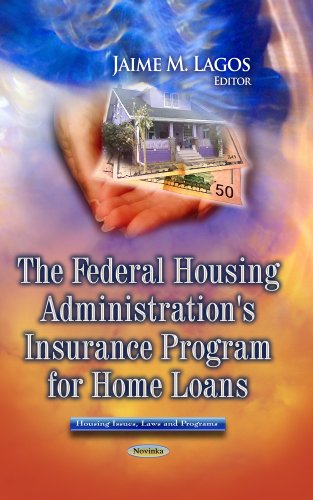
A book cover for The Federal Housing Administration's Insurance Program for Home Loans (Housing Issues, Laws and Programs); Business & Money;